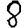
Digit: 8